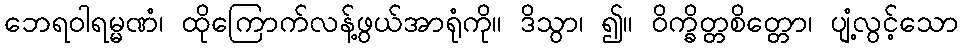
ဘေရဝါရမ္မဏံ၊ ထိုကြောက်လန့်ဖွယ်အာရုံကို။ ဒိသွာ၊ ၍။ ဝိက္ခိတ္တစိတ္တော၊ ပျံ့လွင့်သော